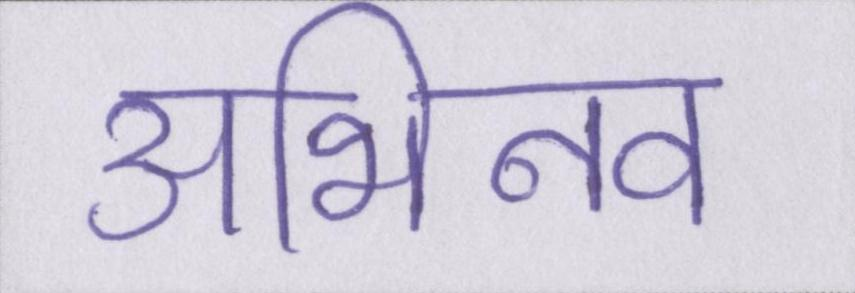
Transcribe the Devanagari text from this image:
अभिनव